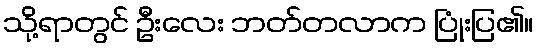
သို့ရာတွင် ဦးလေး ဘတ်တလာက ပြုံးပြ၏။